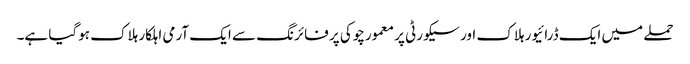
حملے میں ایک ڈرائیور ہلاک اور سیکورٹی پر معمورچوکی پر فائرنگ سے ایک آرمی اہلکار ہلاک ہوگیا ہے۔